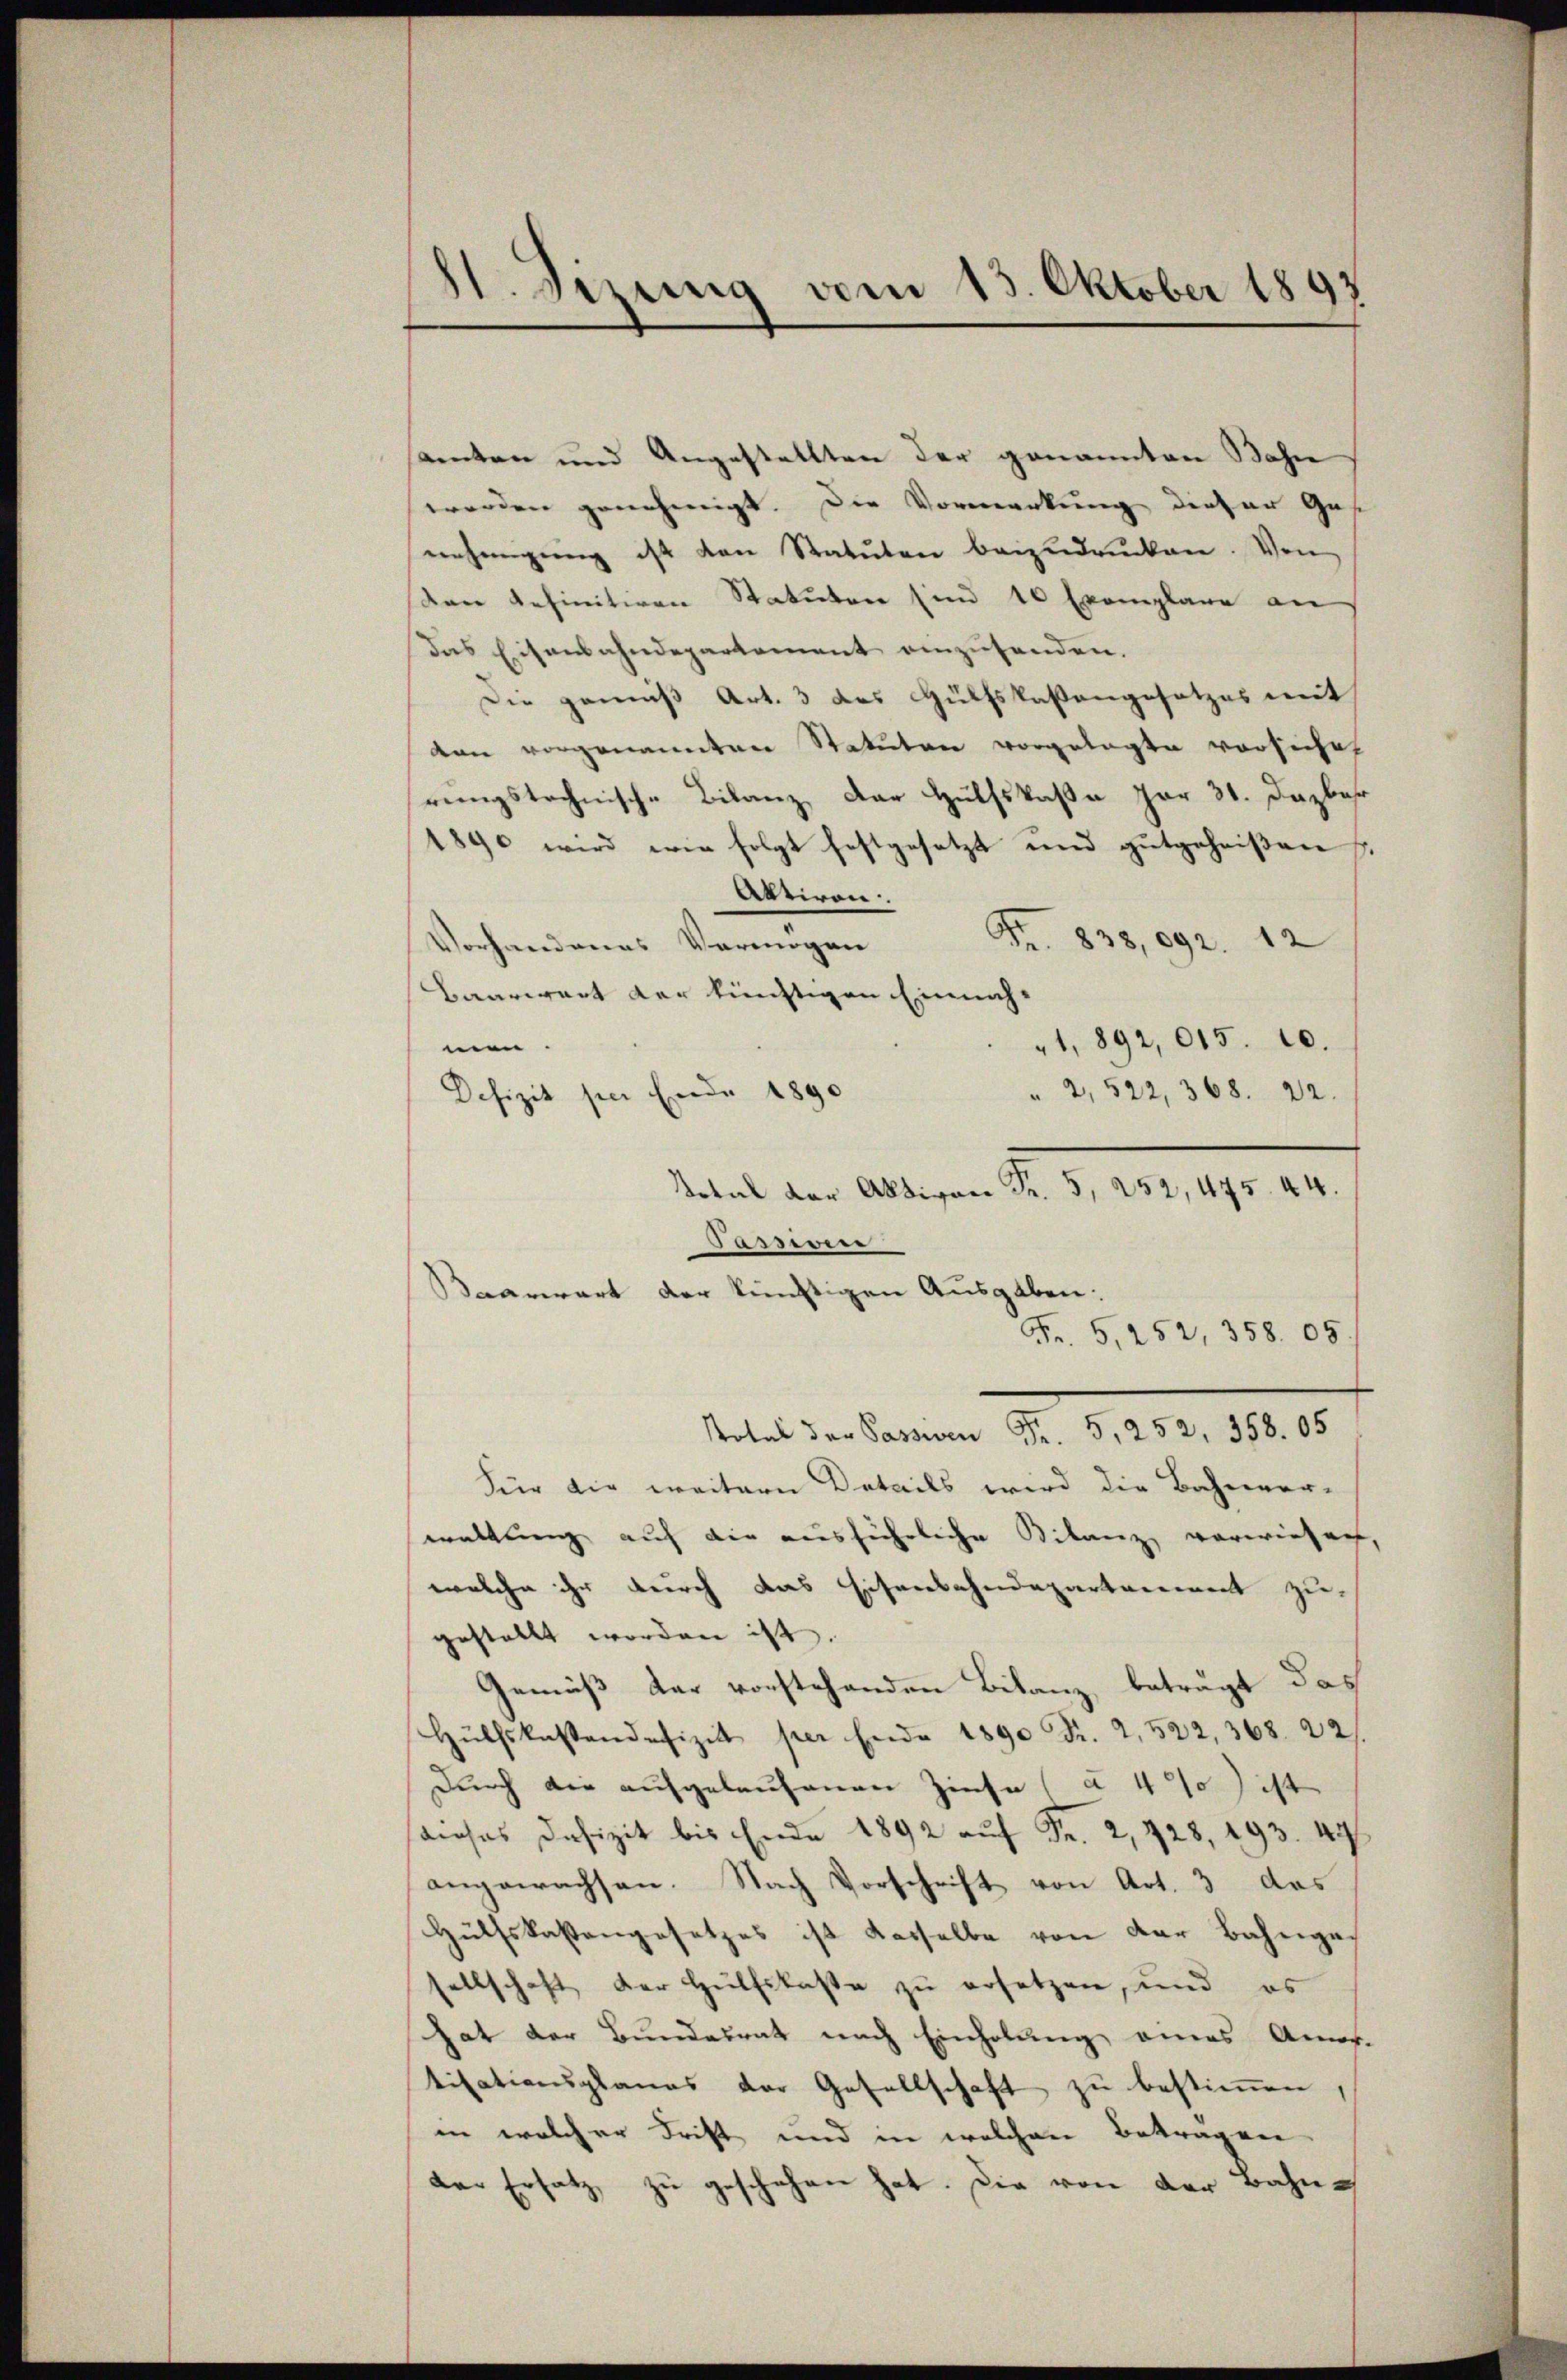
H Sizung vom 15. Oktober 1893

samten und Angestellten der genannten Bahn
worden genehmigt. Die Vormerkung dieser Gas
nehmigŭng ist den Statuten bezudrucken. Von
don definitiven Statuten sind 10 Exemplare an
Das Eisenbahndepartement einzusenden.
Die gemäß Art. 3 des Hülfskassengesetzes mit
von vorgenannten Statuten vorgelegte vorsicht
rungstechnische Bilanz, der Hülfskaßa far 31. Dazbar
1890 wird wie folgt festgesetzt und gutgeheißen
Aktiven
Fr. 838,092. 12
Vorhandenes Vermögen
Baarwert der künftigen Einnah-
1, 892,015. 10.
men.
" 2, 522, 368. 22.
Defizit per Ende 1890
Fr. 5, 252, 358. 05
Potal der Passiven Fr. 5252, 358. 05
Für die weitere Details wird die Bahnver-
waltung auf die ausführliche Bilanz vorwiesen,
welche ihr durch das Eisenbahndepartement zu-
gestellt worden ist.
Gemäß der vorstehenden Bilanz, beträgt das
Hülfskastandefizit per Ende 1890 Fr. 2, 522, 368. 22.
Durch die aufgelaufenen Zinse (§ 4) ist
dieses Defizit bis Ende 1892 auf Fr. 2, 128, 293. 49
angewachsen. Nach Vorschrift von Art. 3 das
Hülfskostengesetzes ist dasselbe von der Bahngeellschaft der Hülfskasse zu ersetzen, und es
hat der Bundesrat nach Einholung eines Amor-
tisationsplanes der Gesellschaft zu bestimmen,
in welcher Frist und in welchen Beträgen
der Ersatz zu geschehen hat. Die von der Bahn¬

Tassiven
Baarwart der künftigen Ausgaben:

Dotal der Aktiven Fr. 5, 252, 475. 44.